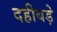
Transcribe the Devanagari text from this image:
दहीबड़े